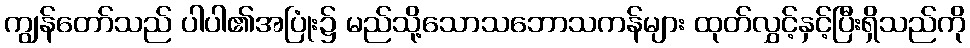
ကျွန်တော်သည် ပါပါ၏အပြုံး၌ မည်သို့သောသဘောသကန်များ ထုတ်လွှင့်နှင့်ပြီးရှိသည်ကို